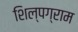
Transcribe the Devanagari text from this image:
शिल्‍पग्राम